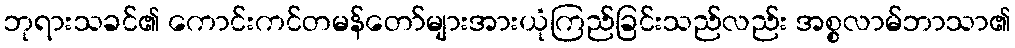
ဘုရားသခင်၏ ကောင်းကင်တမန်တော်များအားယုံကြည်ခြင်းသည်လည်း အစ္စလာမ်ဘာသာ၏